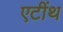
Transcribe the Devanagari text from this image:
एटींथ